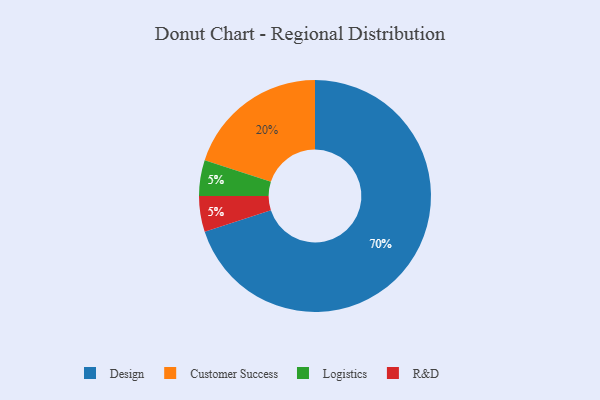
{"axis": {"x": "Category", "y": "Percentage"}, "legend": ["Customer Success", "Design", "Logistics", "R&D"], "data": [{"x": "Design", "y": 70, "type": "Design"}, {"x": "Customer Success", "y": 20, "type": "Customer Success"}, {"x": "Logistics", "y": 5, "type": "Logistics"}, {"x": "R&D", "y": 5, "type": "R&D"}]}